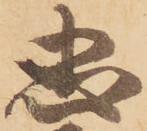
忠